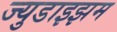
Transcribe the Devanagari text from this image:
ज्युडाइझम